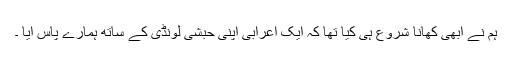
ہم نے ابھی کھانا شروع ہی کیا تھا کہ ایک اعرابی اپنی حبشی لونڈی کے ساتھ ہمارے پاس آیا ۔